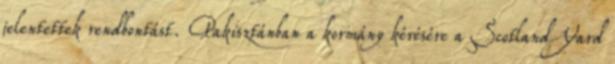
jelentettek rendbontást. Pakisztánban a kormány kérésére a Scotland Yard